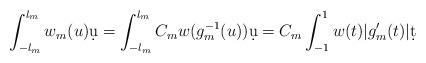
LaTeX: \begin{align*}\int_{-l_m}^{l_m} w_m(u)\d u=\int_{-l_m}^{l_m} C_m w(g_m^{-1}(u))\d u=C_m \int_{-1}^{1} w(t) |g_m'(t)| \d t\end{align*}